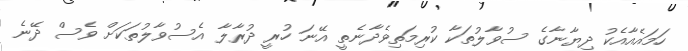
ހަމައެއާއެކު ދިޔާނާގެ ސުވާލުތަކާ ކުރިމަތިވެދާނެތީ އޭނަ ހުރީ ދުރާލާ އެސުވާލުތަކަށް ވެސް ދޭނެ